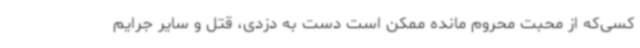
کسی‌که از محبت محروم مانده ممکن است دست به دزدی، قتل و سایر جرایم